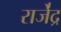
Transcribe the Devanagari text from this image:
राजे॑द्र